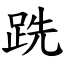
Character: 跣